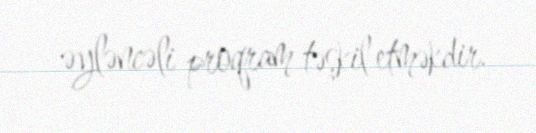
əyləncəli proqram təşkil etməkdir.